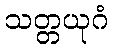
သတ္တယုဂံ